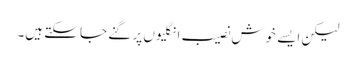
لیکن ایسے خوش نصیب انگلیوں پر گنے جا سکتے ہیں۔